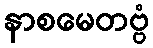
နာစမေတဗ္ဗံ